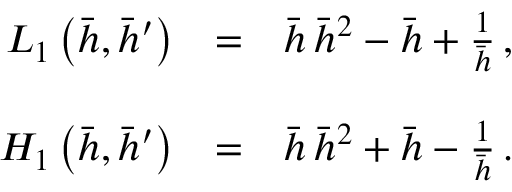
\begin{array} { r l r } { L _ { 1 } \left( \bar { h } , \bar { h } ^ { \prime } \right) } & { = } & { \bar { h } \, \bar { h } ^ { 2 } - \bar { h } + \frac { 1 } { \bar { h } } \, , } \\ & { } & \\ { { \cal H } _ { 1 } \left( \bar { h } , \bar { h } ^ { \prime } \right) } & { = } & { \bar { h } \, \bar { h } ^ { 2 } + \bar { h } - \frac { 1 } { \bar { h } } \, . } \end{array}